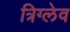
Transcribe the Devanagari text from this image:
त्रिग्लेव